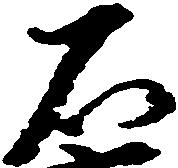
石